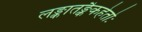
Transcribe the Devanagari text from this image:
लङ्कातङ्कैकहेतोः